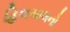
હિલચાલનો